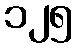
၁၂၅